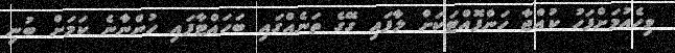
ވިހެއުމަށްފަހު ކުއްޖާ ހަންފޮއްޓަކަށް ލާފައި ގޭގެ ތަނެއްގައި ބަހައްޓާފައި ހުންނާނެ ކަމަށް ބުނި